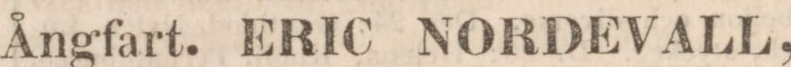
Ångfart. ERIC NORDEVALL,